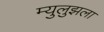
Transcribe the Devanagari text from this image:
म्युलुझला